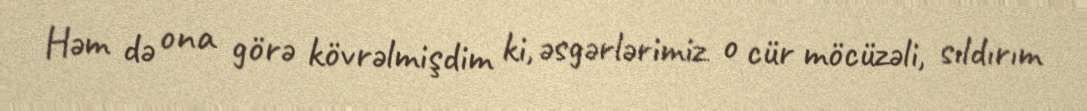
Həm də ona görə kövrəlmişdim ki, əsgərlərimiz o cür möcüzəli, sıldırım